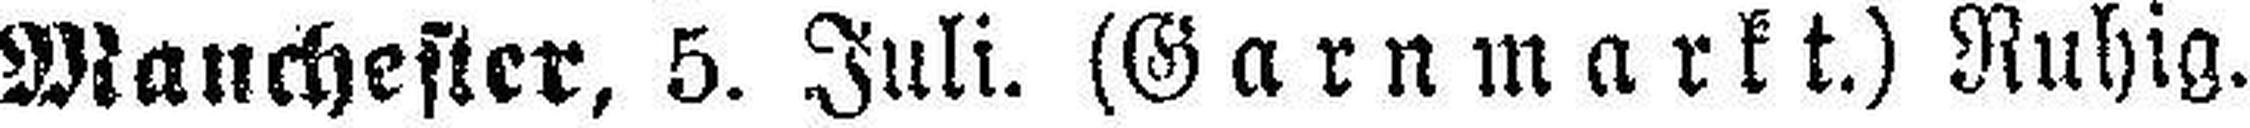
Manchester, 5. Juli. (Garnmarkt.) Ruhig.